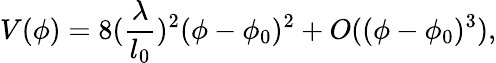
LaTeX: V(\phi)=8(\frac{\lambda}{l_{0}})^{2}(\phi-\phi_{0})^{2}+O((\phi-\phi_{0})^{3}),